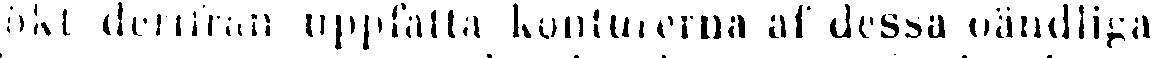
ökt derifran uppfatta konturerna af dessa oändliga